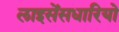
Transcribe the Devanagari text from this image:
लाइसेंसधारियो